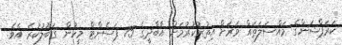
ކަރަޕްޝަންގެ މައްސަލަތައް ވަރަށް އިތުރުކުރުމަށް އާބާދީގެ 75 ޕަސެންޓް މީހުން ގަބޫލުކުރެ އެވެ.